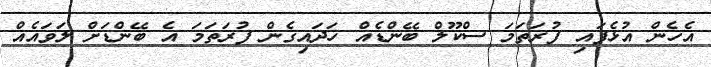
އެހެން އުޅެފައި ފުރަތަމަ ސްކޫލް ބޭންޑެއް ހަދައިގެން ފުރަތަމަ އެ ބޭންޑަށް ލަވައެއް